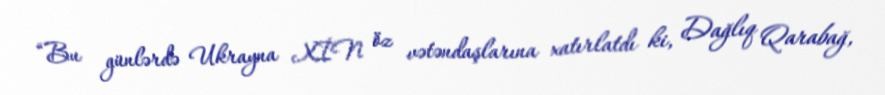
“Bu günlərdə Ukrayna XİN öz vətəndaşlarına xatırlatdı ki, Dağlıq Qarabağ,